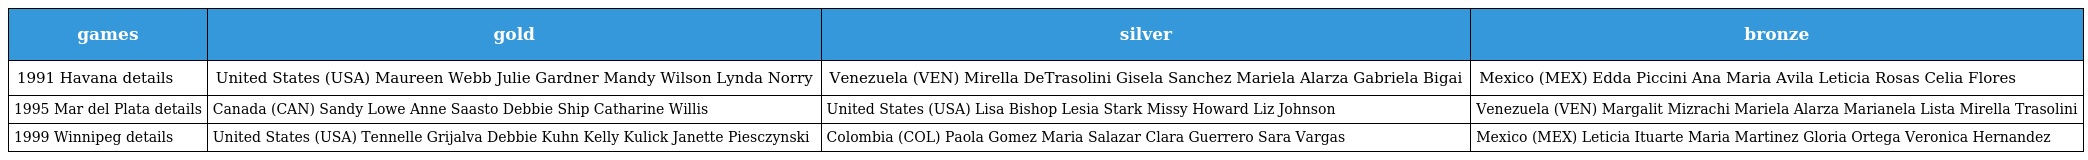
| games | gold | silver | bronze |
 | --- | --- | --- | --- |
 | 1991 Havana details | United States (USA) Maureen Webb Julie Gardner Mandy Wilson Lynda Norry | Venezuela (VEN) Mirella DeTrasolini Gisela Sanchez Mariela Alarza Gabriela Bigai | Mexico (MEX) Edda Piccini Ana Maria Avila Leticia Rosas Celia Flores |
 | 1995 Mar del Plata details | Canada (CAN) Sandy Lowe Anne Saasto Debbie Ship Catharine Willis | United States (USA) Lisa Bishop Lesia Stark Missy Howard Liz Johnson | Venezuela (VEN) Margalit Mizrachi Mariela Alarza Marianela Lista Mirella Trasolini |
 | 1999 Winnipeg details | United States (USA) Tennelle Grijalva Debbie Kuhn Kelly Kulick Janette Piesczynski | Colombia (COL) Paola Gomez Maria Salazar Clara Guerrero Sara Vargas | Mexico (MEX) Leticia Ituarte Maria Martinez Gloria Ortega Veronica Hernandez |